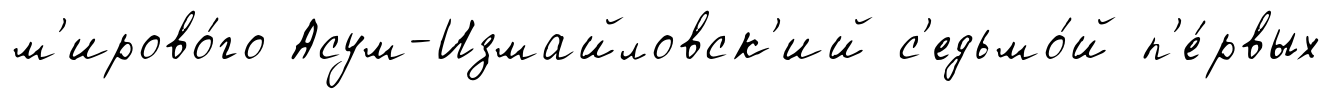
м'ирово́го Асум-Измайловск'ий с'едьмо́й п'е́рвых